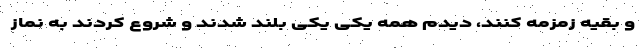
و بقیه زمزمه کنند، دیدم همه یکی یکی بلند شدند و شروع کردند به نماز